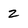
Character: Z